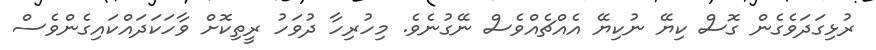
ރުޅިގަދަވެގެން ގޮސް ކިޔޭ ނުކިޔޭ އެއްޗެއްވެސް ނޭގުނެވެ. މިހުރިހާ ދުވަހު ރީތިކޮށް ވާހަކަދައްކައިގެންވެސް